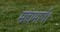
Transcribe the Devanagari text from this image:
महामार्ग१